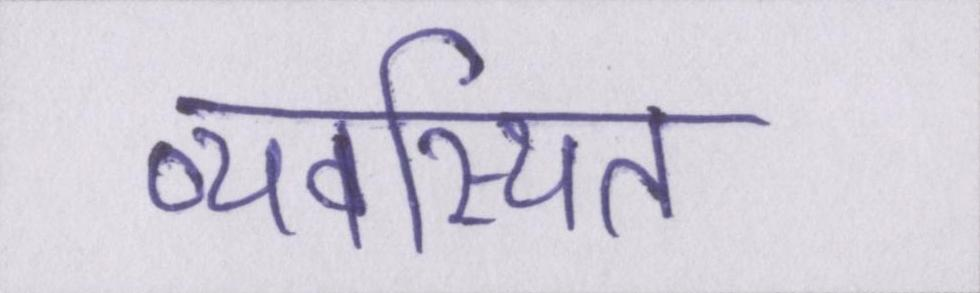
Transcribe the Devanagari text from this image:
व्यवस्थित